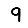
Digit: 9